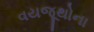
વયજૂથોના